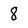
Character: 8